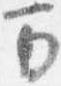
万